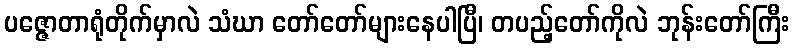
ပဇ္ဇောတာရုံတိုက်မှာလဲ သံဃာ တော်တော်များနေပါပြီ၊ တပည့်တော်ကိုလဲ ဘုန်းတော်ကြီး